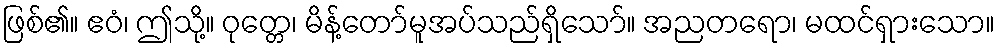
ဖြစ်၏။ ဧဝံ၊ ဤသို့။ ဝုတ္တေ၊ မိန့်တော်မူအပ်သည်ရှိသော်။ အညတရော၊ မထင်ရှားသော။